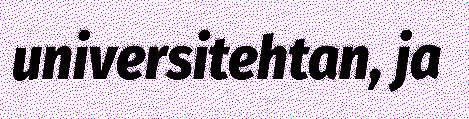
universitehtan, ja